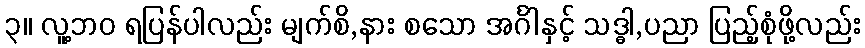
၃။ လူ့ဘဝ ရပြန်ပါလည်း မျက်စိ,နား စသော အင်္ဂါနှင့် သဒ္ဓါ,ပညာ ပြည့်စုံဖို့လည်း